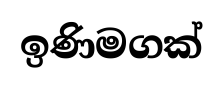
ඉණිමගක්